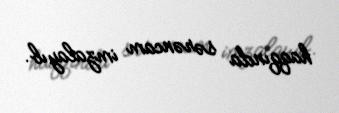
haqqında sərəncam imzalayıb.